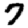
Digit: 7